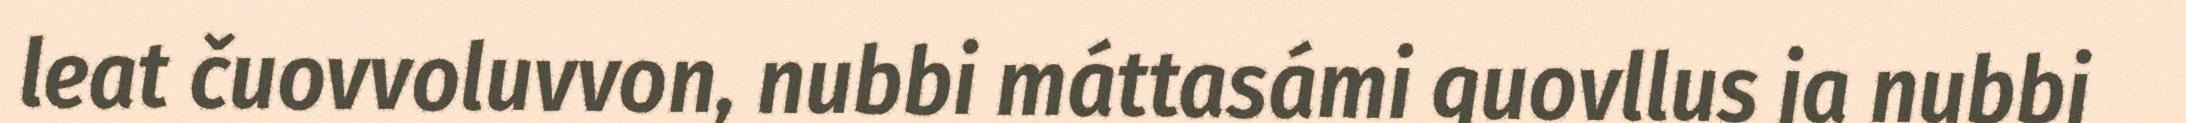
leat čuovvoluvvon, nubbi máttasámi guovllus ja nubbi